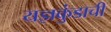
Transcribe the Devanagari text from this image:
यज्ञकुंडाची